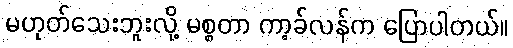
မဟုတ်သေးဘူးလို့ မစ္စတာ ကာ့ခ်လန်က ပြောပါတယ်။